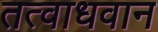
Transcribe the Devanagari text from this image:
तत्वाधवान